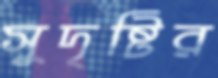
সুদৃষ্টির